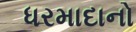
ધરમાદાનો